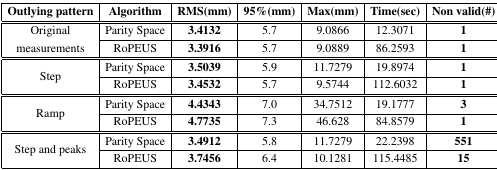
<table><thead><tr><td><b>Outlying pattern</b></td><td><b>Algorithm</b></td><td><b>RMS(mm)</b></td><td><b>95%(mm)</b></td><td><b>Max(mm)</b></td><td><b>Time(sec)</b></td><td><b>Non valid(#)</b></td></tr></thead><tbody><tr><td rowspan="2">Original measurements</td><td>Parity Space</td><td><b>3.4132</b></td><td>5.7</td><td>9.0866</td><td>12.3071</td><td><b>1</b></td></tr><tr><td>RoPEUS</td><td><b>3.3916</b></td><td>5.7</td><td>9.0889</td><td>86.2593</td><td><b>1</b></td></tr><tr><td rowspan="2">Step</td><td>Parity Space</td><td><b>3.5039</b></td><td>5.9</td><td>11.7279</td><td>19.8974</td><td><b>1</b></td></tr><tr><td>RoPEUS</td><td><b>3.4532</b></td><td>5.7</td><td>9.5744</td><td>112.6032</td><td><b>1</b></td></tr><tr><td rowspan="2">Ramp</td><td>Parity Space</td><td><b>4.4343</b></td><td>7.0</td><td>34.7512</td><td>19.1777</td><td><b>3</b></td></tr><tr><td>RoPEUS</td><td><b>4.7735</b></td><td>7.3</td><td>46.628</td><td>84.8579</td><td><b>1</b></td></tr><tr><td rowspan="2">Step and peaks</td><td>Parity Space</td><td><b>3.4912</b></td><td>5.8</td><td>11.7279</td><td>22.2398</td><td><b>551</b></td></tr><tr><td>RoPEUS</td><td><b>3.7456</b></td><td>6.4</td><td>10.1281</td><td>115.4485</td><td><b>15</b></td></tr></tbody></table>